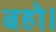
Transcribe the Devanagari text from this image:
बहो।